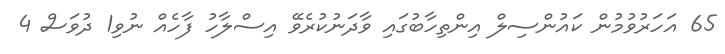
65 އަހަރުވުމުން ކައުންސިލް އިންތިހާބުގައި ވާދަނުކުރެވޭ އިސްލާހު ފާހެއް ނުވި1 ދުވަސް 4